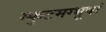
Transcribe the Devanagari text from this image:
स्फुटमग्भूषां